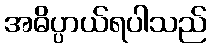
အဓိပ္ပာယ်ရပါသည်